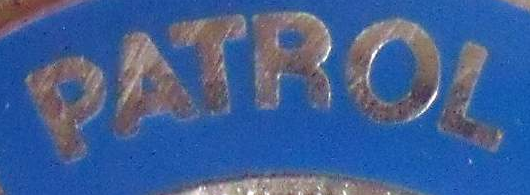
PATROL